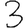
Digit: 3